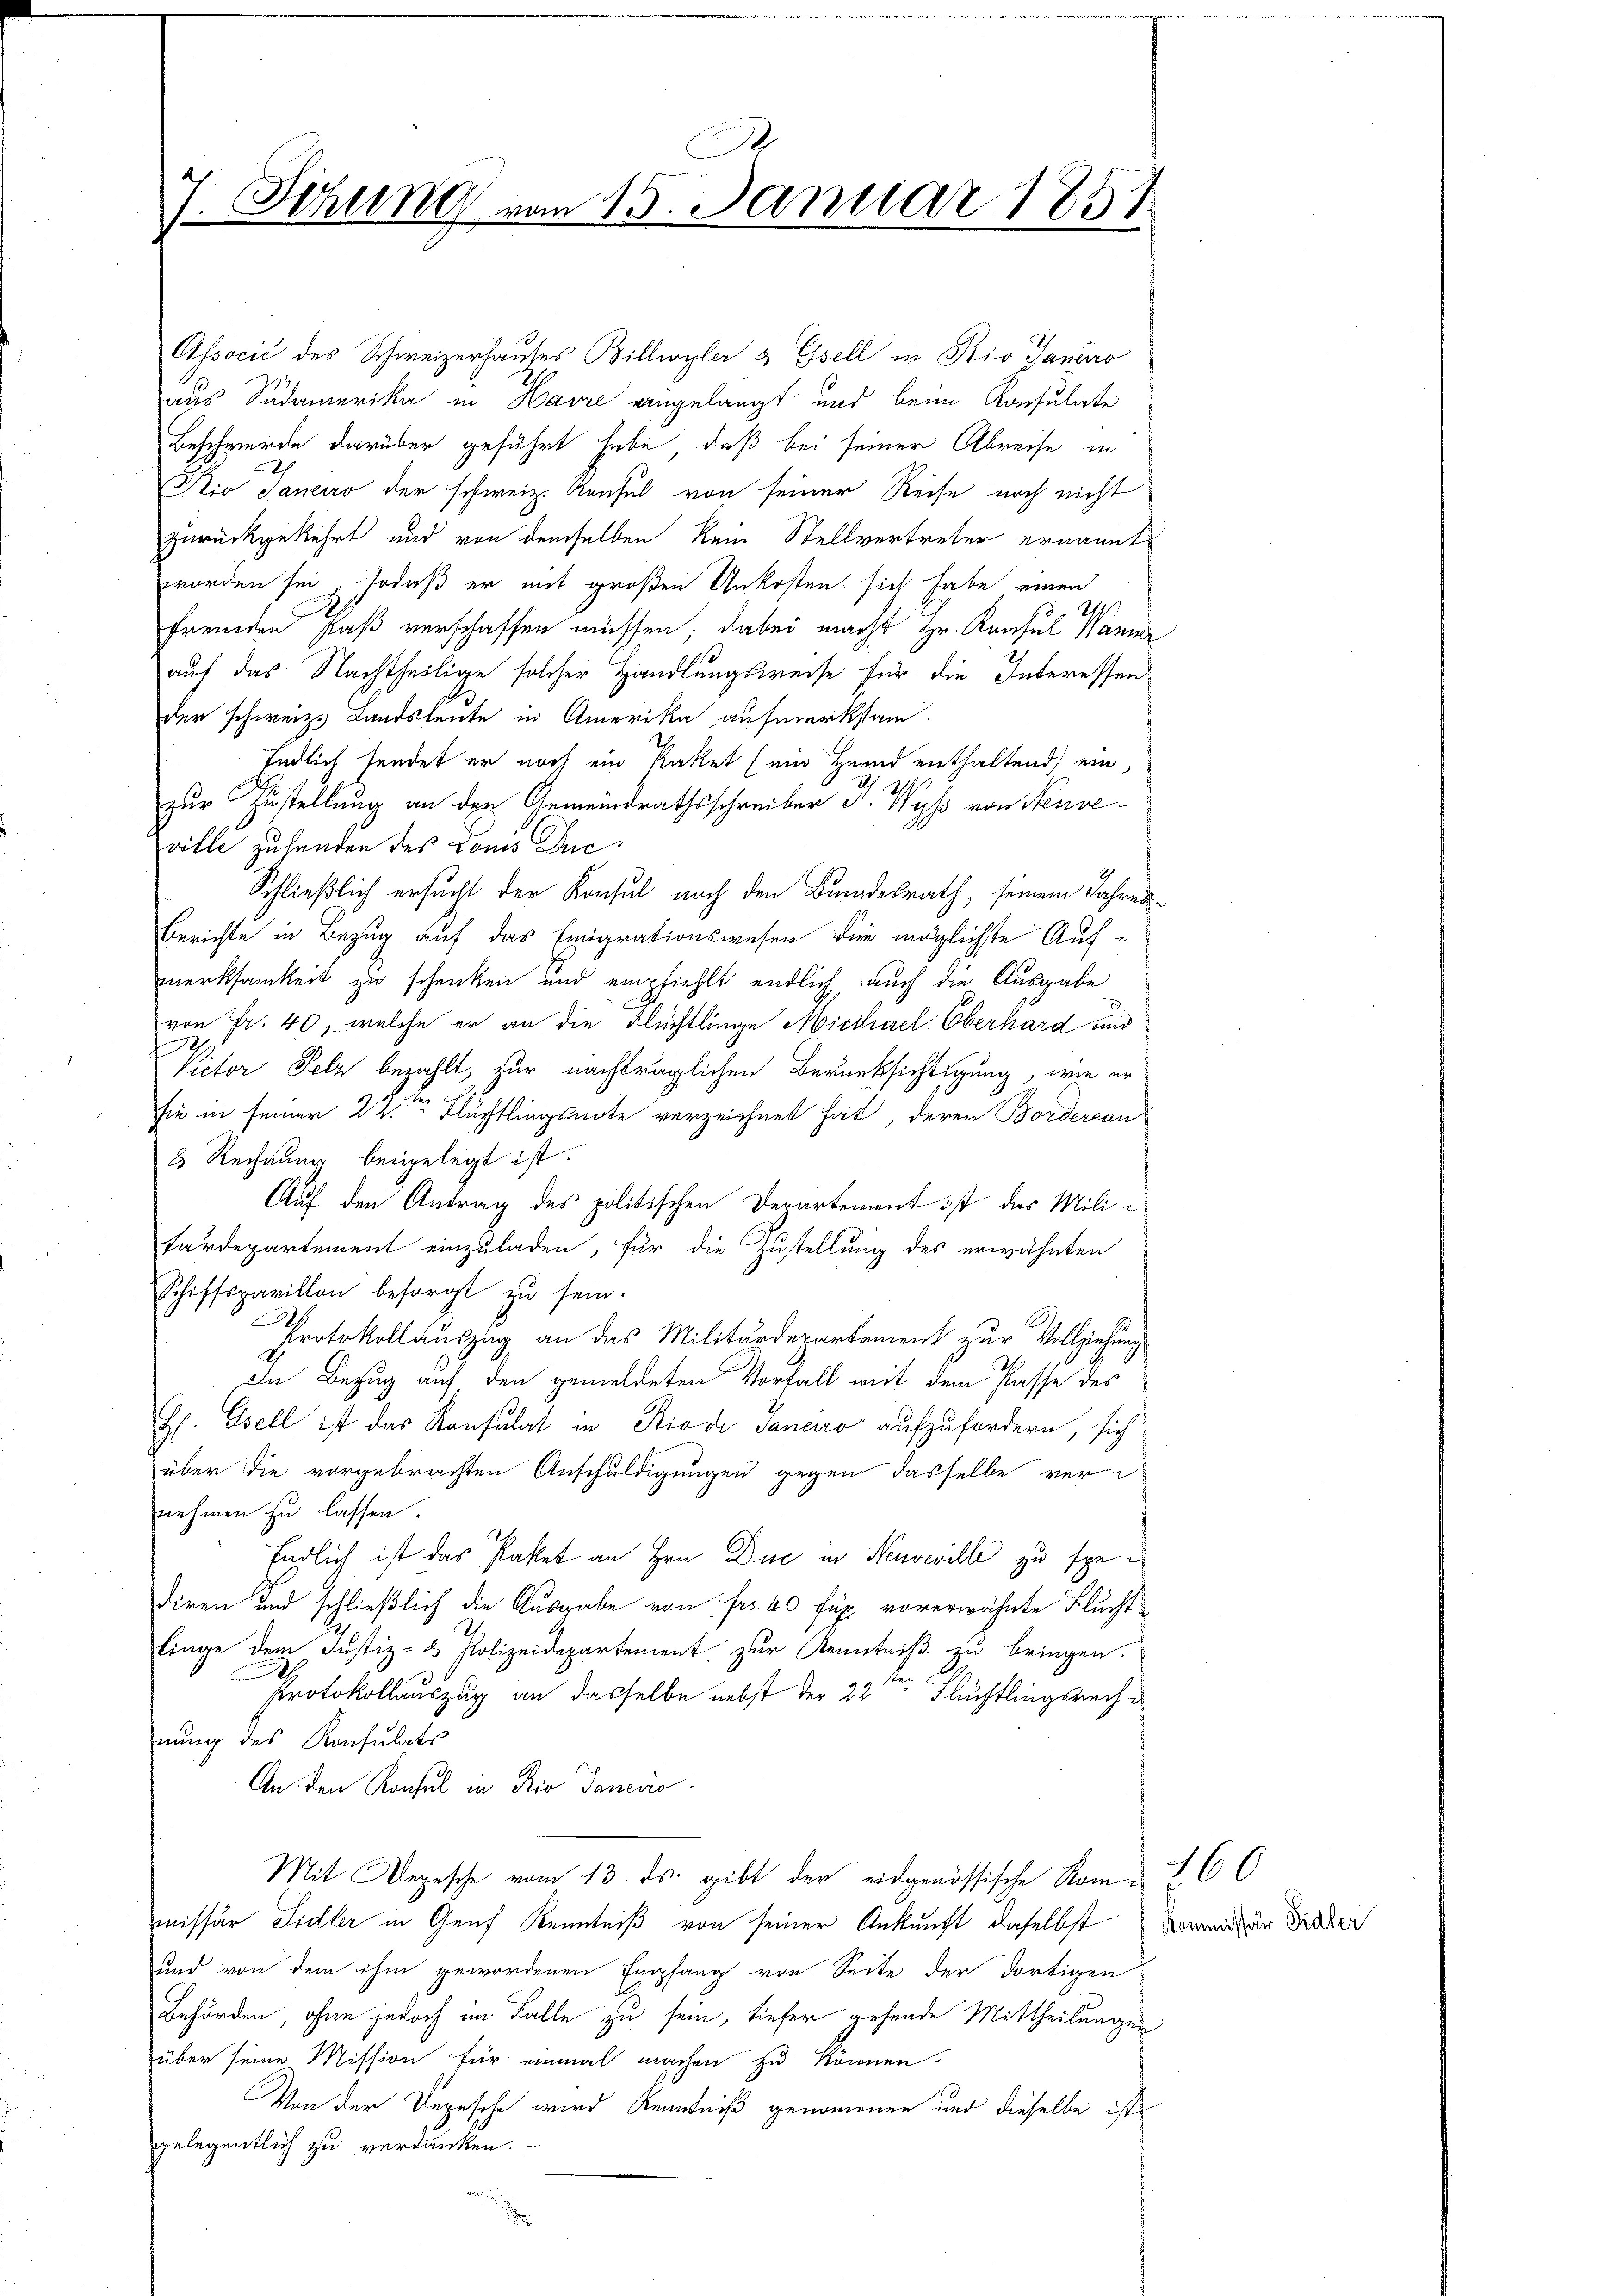
7. Sitzung vom 15. Januar 1851

Associć des Schweizerhauses Billwyler 3 Esell in Rio Janio
aus Südamerika in Havre eingelangt und beim Konsulate
Beschwerde darüber geführt habe, daß bei seiner Abreise in
Nio Janeiro der schweiz. Konsul von seiner Reise noch nicht
zurückgekehrt und von demselben kein Stellvertreter ernannt
worden sei, Jodaß er mit großen Unkosten sich habe einen
fremden Faß verschaffen müssen; dabei macht Hr. Konsul Wanner
auf das Nachtheilige solcher Handlungsweise für die Interessen
der schweiz. Landsleute in Amerika aufmerkstan
Endlich sendet er noch ein Raket (ein Hernd enthaltend ein
A
zur Zustellung an den Gemeindrathsschreiber v. Wyss von Neuveville zu handen des Donis De¬
Schließlich ersucht der Konsul nach den Bundesrath, seinem Jahres¬
Berichte in Bezug auf das Emigrationswesen dir möglichste Aufmerksamkeit zu schenken und empfiehlt endlich, auch die Ausgabe
von Fr. 40, welche er an die Flüchtlinge Michael Oberhard und
Victor Pelz bezahlt, zur nachträglichen Berücksichtigung, wie er
sie in seiner 22ten Flüchtlingsnote verzeichnet hat, deren Bordersan
8 Rechnung beigelegt ist.
Auf den Antrag des politischen Derartement ist das Milifärdepartement einzuladen, für die Zustellung des erwähnten
Schiffspavillon besorgt zu sein.
Protokollauszug an das Militärdepartement zur Vollziehung
In Bezug auf den gemeldeten Vorfall mit dem Pässe des
H. Osell ist das Konsulat in Rio di Sanaro aufzufordern, sich
über die vorgebrachten Anschuldigungen gegen dasselbe vernehmen zu lassen.
Endlich ist das Pastet an Hrn. Duc in Kurwille zu spei
diren und schließlich die Ausgabe von Fr. 40 Fux vorerwähnte Fluchtlinge dem Justiz- & Polizeidepartement zur Kenntniß zu bringen.
Protokollauszug an dasselbe nebst der 22 Flüchtlingsrechnŭng des Konsulats
An den Konsul in Rio Janeiro
Mit Depesche vom 13. ds. gibt der eidgenössische Kommissar Sidler in Genf Kenntniß von seiner Ankunft daselbst kommen diesen
und von dem ihm gewordenen Empfang von Seite der dortigen
Behörden, ohne jedoch im Falle zu sein, tiefer gehende Mittheilungen
über seine Mission für einmal machen zu können.
Von der Depesche wird Kenntniß genommen und dieselbe ist
gelegentlich zu verdanken.

160